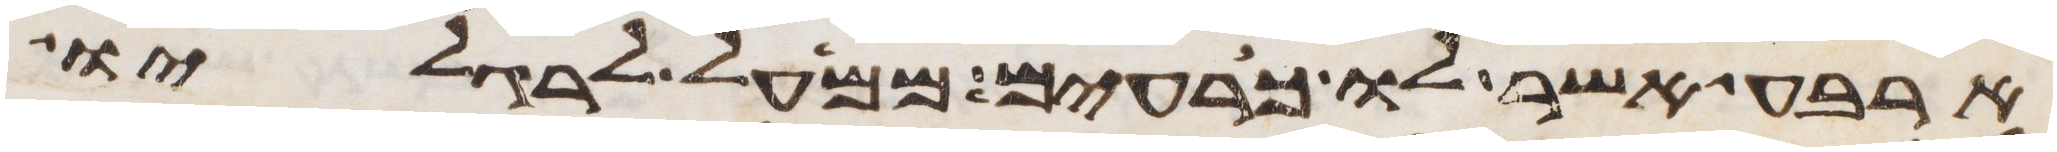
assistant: ארבע אשר לו כרעים ממעל לרגליו